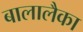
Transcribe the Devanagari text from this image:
बालालैका